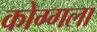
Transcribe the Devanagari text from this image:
कोग्गला